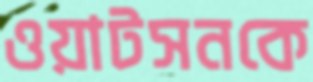
ওয়াটসনকে